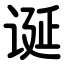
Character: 诞